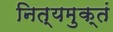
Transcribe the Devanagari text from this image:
नित्यमुक्तं